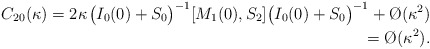
\begin{align*}C_{20}(\kappa)=2\kappa\;\!\big(I_0(0)+S_0\big)^{-1}[M_1(0),S_2]\big(I_0(0)+S_0\big)^{-1}+\O(\kappa^2)\\=\O(\kappa^2).\end{align*}